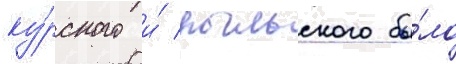
ку́рского и́ рыльского бы́ло